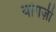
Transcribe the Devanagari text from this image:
यांगज़ी